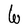
Character: W